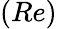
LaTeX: (Re)